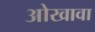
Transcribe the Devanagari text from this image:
ओखावा